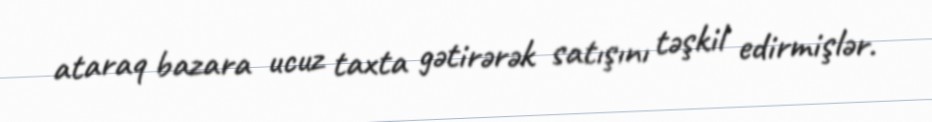
ataraq bazara ucuz taxta gətirərək satışını təşkil edirmişlər.